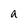
Character: a